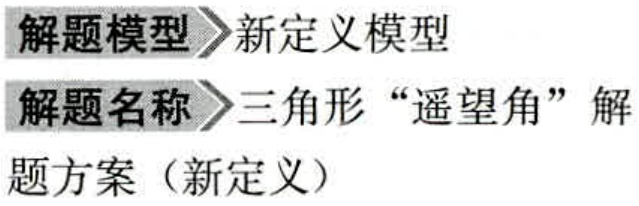
解题模型\(>\)新定义模型
解题名称\(>\)三角形“遥望角”解
题方案（新定义）